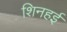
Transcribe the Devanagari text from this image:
शिनहई